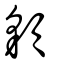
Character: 䫉